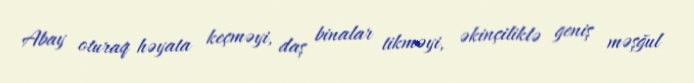
Abay oturaq həyata keçməyi, daş binalar tikməyi, əkinçiliklə geniş məşğul